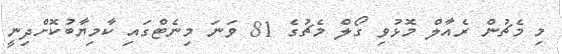
މި މެޗުން ރެއާލް މޮޅުވި ގޯލް މެޗުގެ 81 ވަނަ މިނެޓްގައި ކާމިޔާބުކޮށްދިނީ